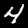
Label: 4